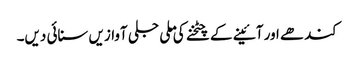
کندھے اور آئینے کے چٹخنے کی ملی جلی آوازیں سنائی دیں۔